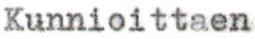
Kunnioittaen